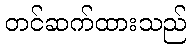
တင်ဆက်ထားသည်